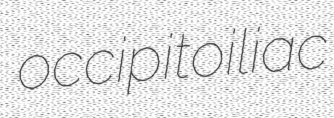
occipitoiliac